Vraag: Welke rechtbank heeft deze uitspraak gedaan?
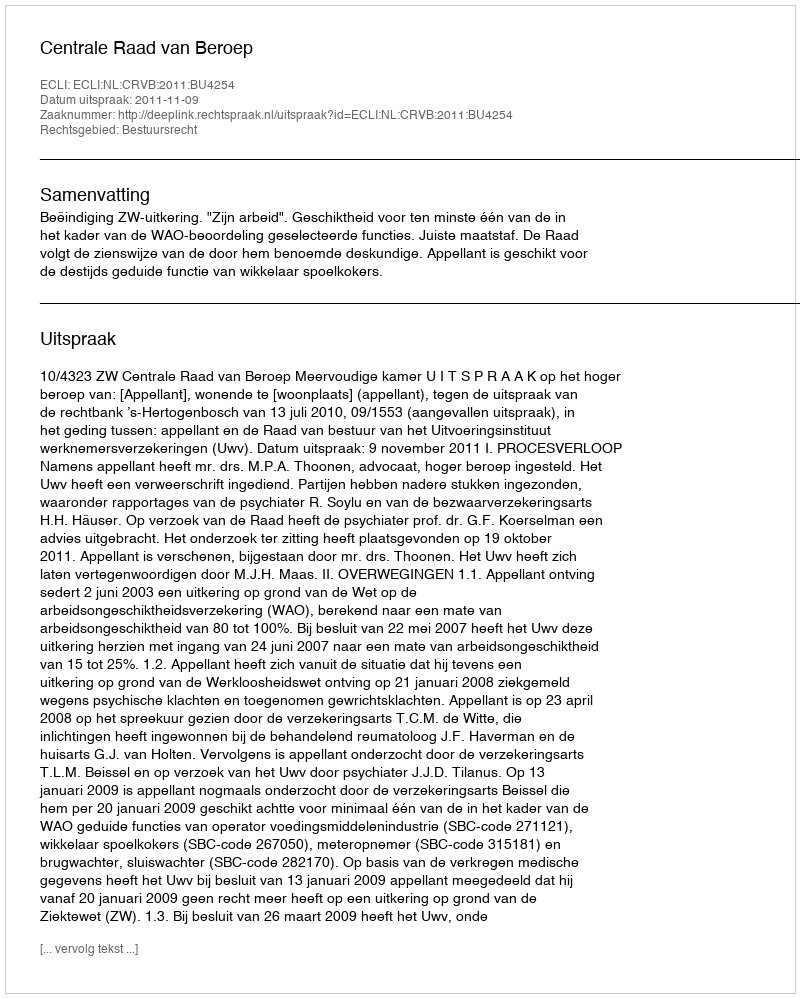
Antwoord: Centrale Raad van Beroep